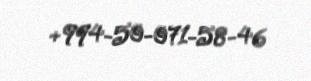
+994-50-071-58-46